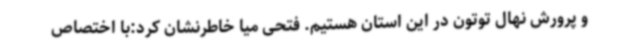
و پرورش نهال توتون در این استان هستیم. فتحی میا خاطرنشان کرد:با اختصاص